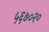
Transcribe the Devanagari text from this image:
५६७०२०